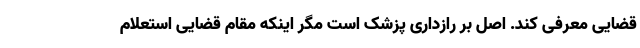
قضایی معرفی کند. اصل بر رازداری پزشک است مگر اینکه مقام قضایی استعلام